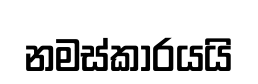
නමස්කාරයයි